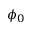
\phi _ { 0 }